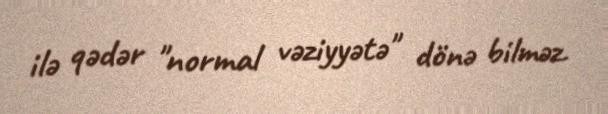
ilə qədər "normal vəziyyətə" dönə bilməz.